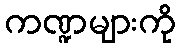
ကဏ္ဍများကို